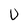
Character: U